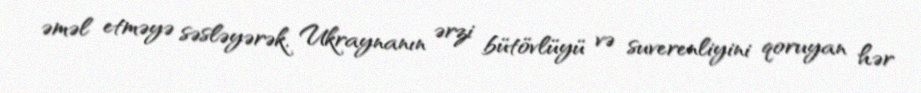
əməl etməyə səsləyərək, Ukraynanın ərzi bütövlüyü və suverenliyini qoruyan hər